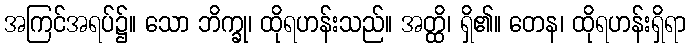
အကြင်အရပ်၌။ သော ဘိက္ခု၊ ထိုရဟန်းသည်။ အတ္ထိ၊ ရှိ၏။ တေန၊ ထိုရဟန်းရှိရာ